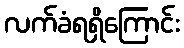
လက်ခံရရှိကြောင်း